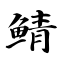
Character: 鲭